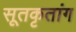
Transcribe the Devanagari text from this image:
सूतकृतांग